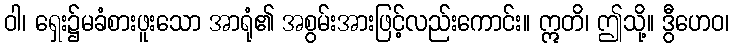
ဝါ၊ ရှေး၌မခံစားဖူးသော အာရုံ၏ အစွမ်းအားဖြင့်လည်းကောင်း။ ဣတိ၊ ဤသို့။ ဒွီဟေဝ၊